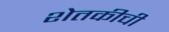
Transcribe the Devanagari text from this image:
शेतकीची